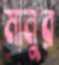
মানুর